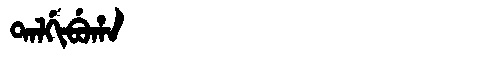
Manchu: ᡨᠠᠯᡤᡳᠪᡠᡥᠠ
Romanization: TALGIBUHA